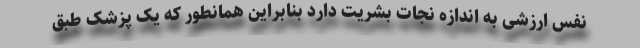
نفس ارزشی به اندازه نجات بشریت دارد بنابراین همانطور که یک پزشک طبق